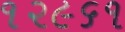
૧૨૯૬૧